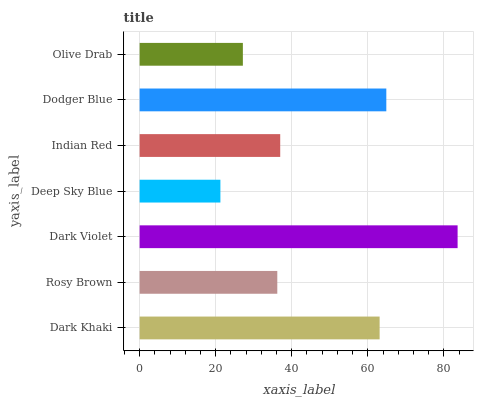
| yaxis_label | bars |
 | --- | --- |
 | Dark Khaki | 63.1 |
 | Rosy Brown | 36.2 |
 | Dark Violet | 83.6 |
 | Deep Sky Blue | 21.2 |
 | Indian Red | 37 |
 | Dodger Blue | 64.9 |
 | Olive Drab | 27.1 |